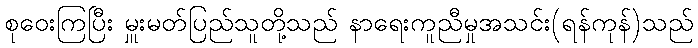
စုဝေးကြပြီး မှူးမတ်ပြည်သူတို့သည် နာရေးကူညီမှုအသင်း(ရန်ကုန်)သည်